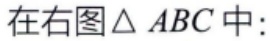
在右图$\triangle ABC$中: